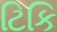
ટિકિ